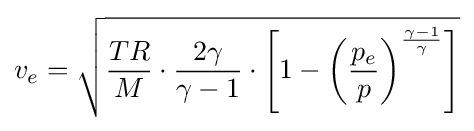
v_{e}={\sqrt {{\frac {TR}{M}}\cdot {\frac {2\gamma }{\gamma -1}}\cdot \left[1-\left({\frac {p_{e}}{p}}\right)^{\frac {\gamma -1}{\gamma }}\right]}}